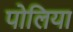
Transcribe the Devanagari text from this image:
पोलिया